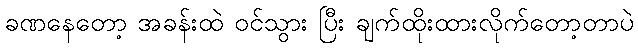
ခဏနေတော့ အခန်းထဲ ဝင်သွား ပြီး ချက်ထိုးထားလိုက်တော့တာပဲ